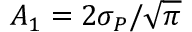
A _ { 1 } = 2 \sigma _ { P } / \sqrt { \pi }